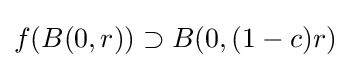
f(B(0,r))\supset B(0,(1-c)r)